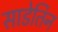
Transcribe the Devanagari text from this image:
साडेतिन